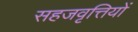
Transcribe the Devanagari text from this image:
सहजवृत्तियों